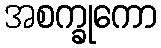
အစက္ခုကော